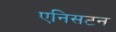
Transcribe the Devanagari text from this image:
एनिसटन